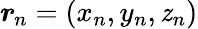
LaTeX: \boldsymbol{r}_{\! \; \! n}=(x_{n},y_{n},\mathit{z}_{n})